Problem: 8 × 6 = ?
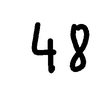
Handwritten answer: 48